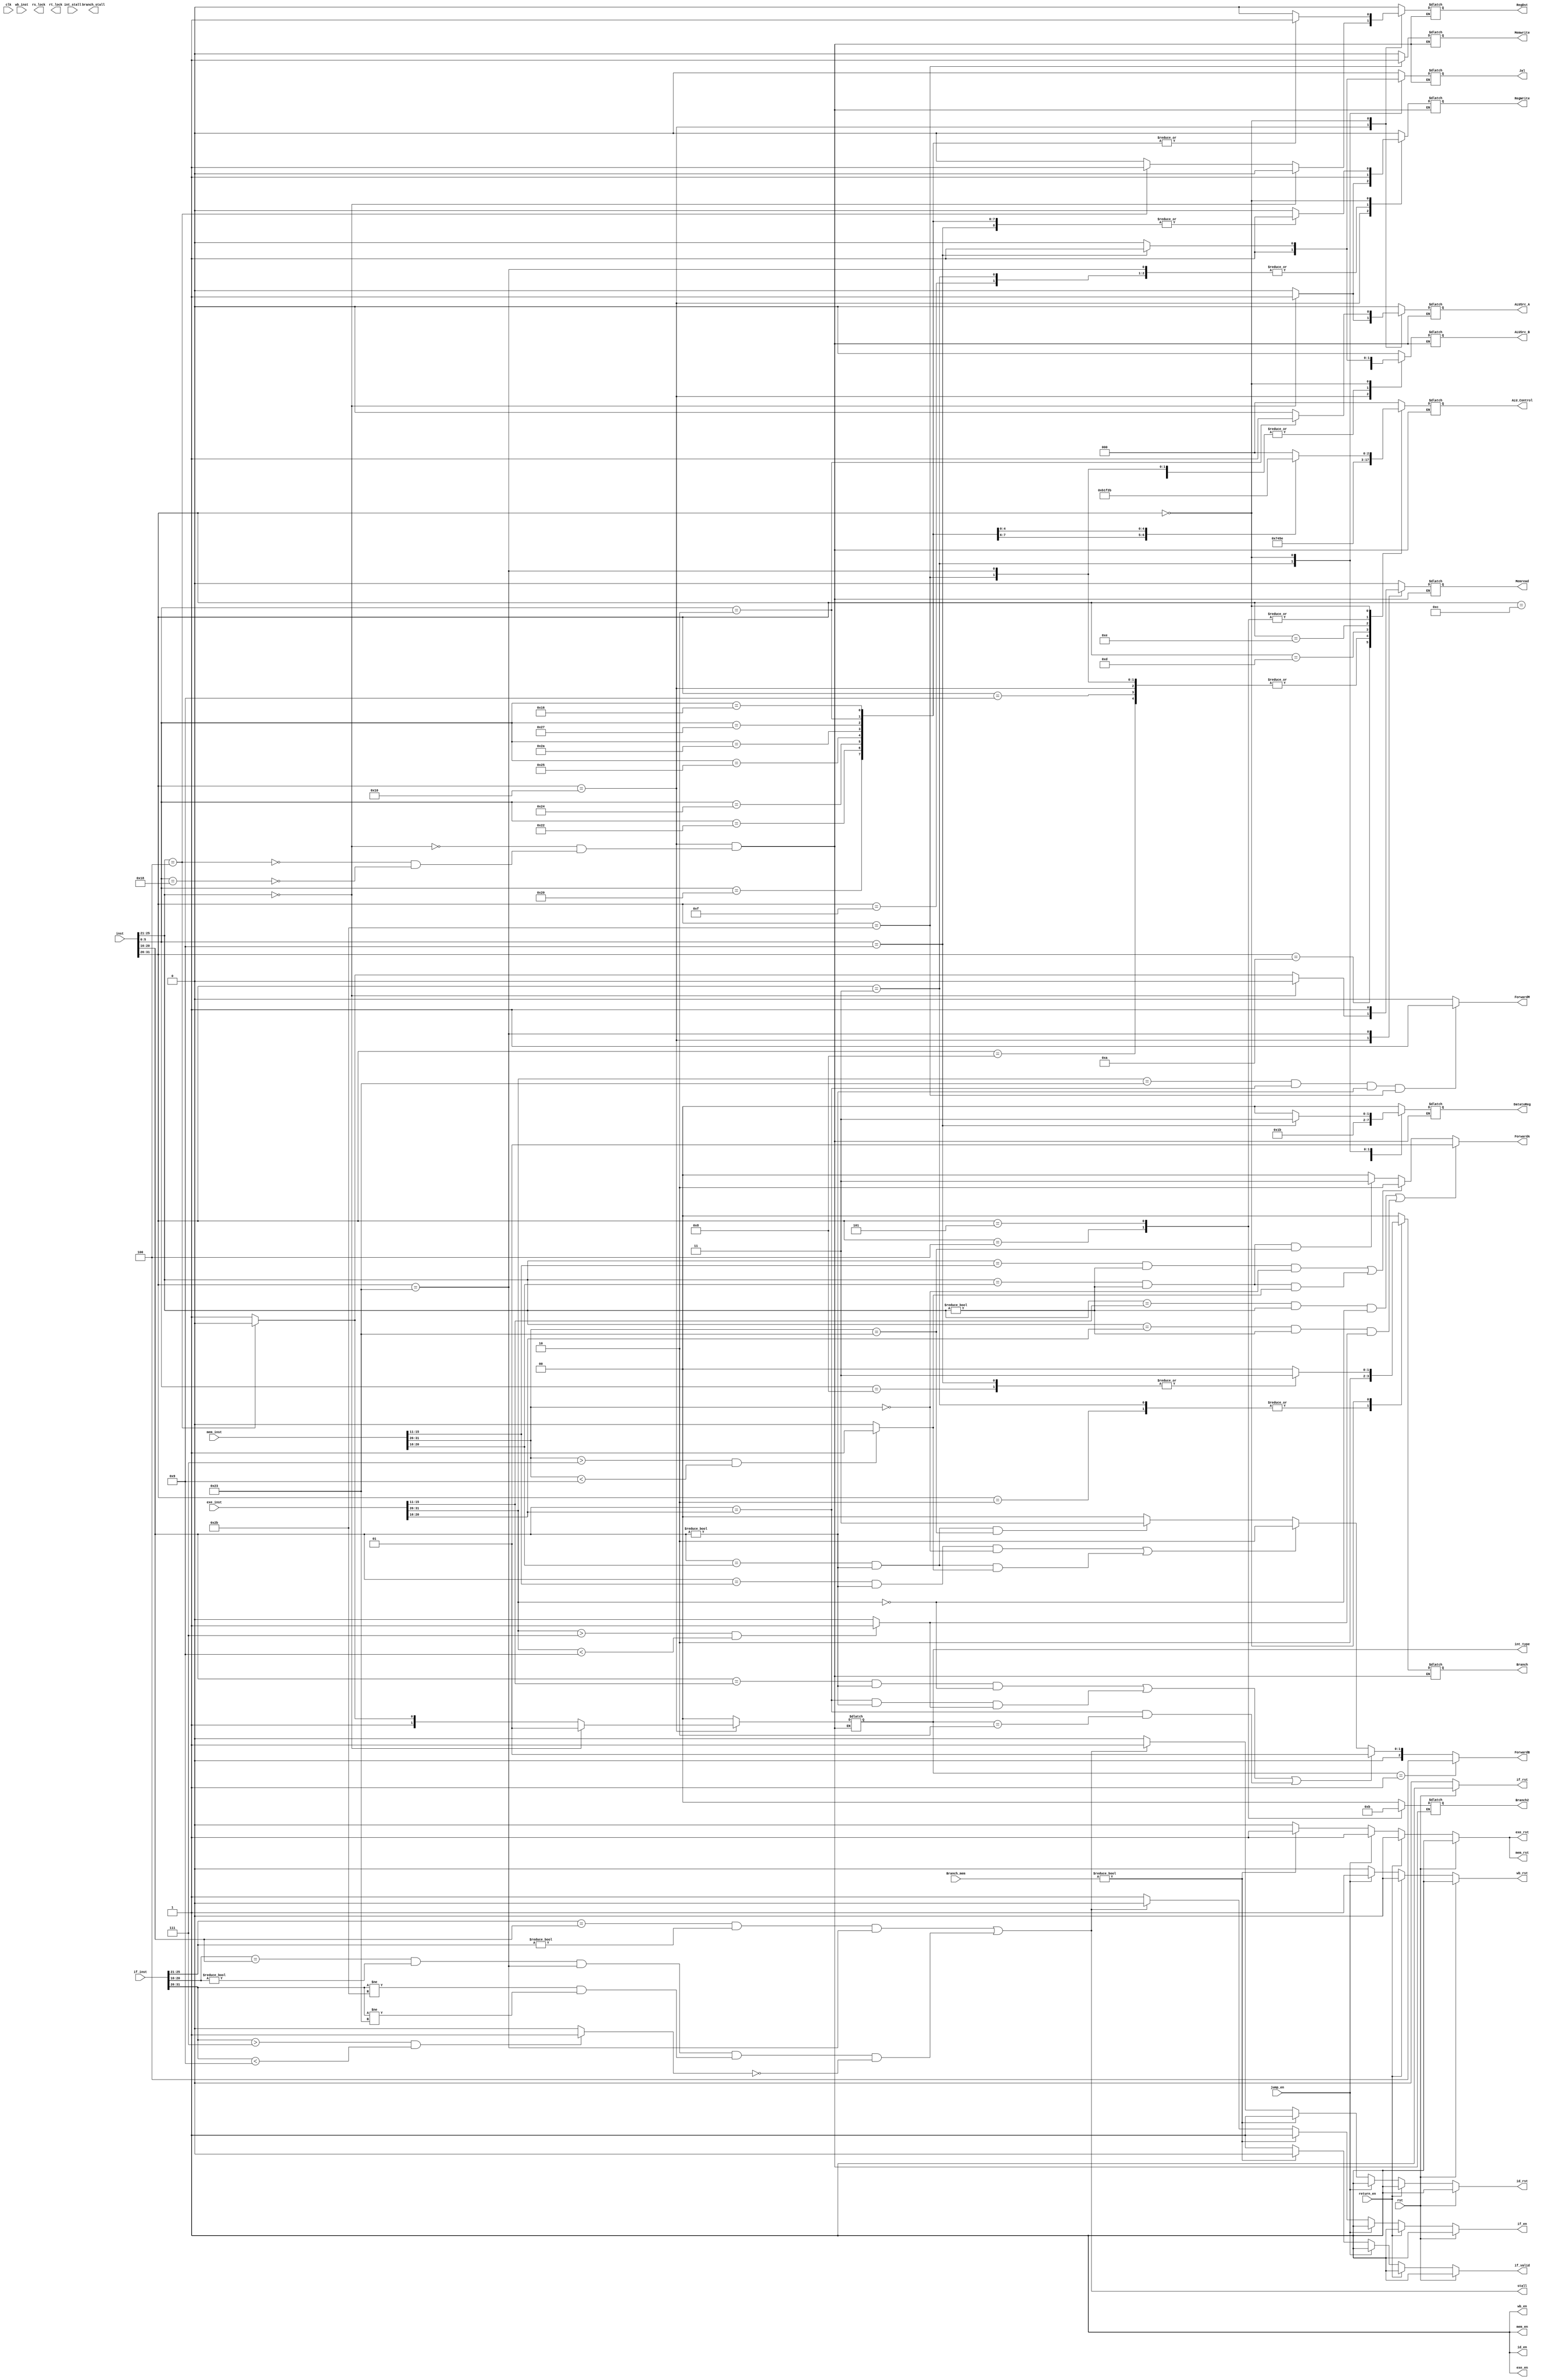
module SCPU_control(
	input wire clk,  // main clock
	input wire rst,  // synchronous reset
	// debug
	`ifdef DEBUG
	input wire debug_en,  // debug enable
	input wire debug_step,  // debug step clock
	`endif
	
	input [31:0] inst,
	input [31:0] if_inst,
	input [31:0] exe_inst,
	input [31:0] mem_inst,
	input [31:0] wb_inst,
	input [1:0] Branch_mem,
	//input zero,
	output reg ALUSrc_B,
	output reg ALUSrc_A,
	output reg Jal,
	output reg RegDst,
	output reg RegWrite,
	output reg[1:0] DatatoReg,
	output reg Memread,
	output reg Memwrite,
	output reg[1:0] Branch,
	output reg[1:0] Branch2,
	output reg[2:0] ALU_Control,
	output reg rs_lock,
	output reg rt_lock,
	
	output reg if_rst,  // stage reset signal
	output reg if_en,  // stage enable signal
	output reg if_valid,

	output reg id_rst,
	output reg id_en,

	output reg exe_rst,
	output reg exe_en,

	output reg mem_rst,
	output reg mem_en,

	output reg wb_rst,
	output reg wb_en,

	output wire stall,
	output wire branch_stall,
	output wire [1:0] ForwardA,
	output wire [2:0] ForwardB,
	output wire ForwardM,

	output reg [1:0] int_type,//out 2
   	//input reg ir_en,//out 1
    input wire return_en,
    input wire [2:0] int_stall,
	 input wire jump_en
	
    );
	
	`define CPU_ctrl_signals {RegDst, ALUSrc_B, DatatoReg, RegWrite, Memread, Memwrite, Branch, Jal, ALU_Control,ALUSrc_A,Branch2,int_type}
	wire i_type_exe,i_type_mem;
	wire [4:0] exe_rs;
	wire [4:0] exe_rt;
	wire [4:0] exe_rd;
	wire [4:0] mem_rt;
	wire [4:0] mem_rd;
	wire [4:0] wb_rd;
	wire [4:0] wb_rt;
	wire [5:0] OPcode;
	wire [5:0] if_OPcode;
	wire [5:0] exe_OPcode;
	wire [5:0] mem_OPcode;
	wire [5:0] wb_OPcode;

	wire [5:0] Fun;
	wire [4:0] rs;
	wire [4:0] rt;
	wire [4:0] rd;
	wire [4:0] if_rs;
	wire [4:0] if_rt;
	wire [4:0] if_rd;

	wire [1:0] Forwardb;
	//reg [2:0] int_stall;
	initial begin
		//int_stall = 0;
	end

	//assign mem_w = MemWrite && (~MemRead);
	assign OPcode = inst[31:26];
	assign Fun = inst[5:0];
	assign rs[4:0] = inst[25:21];
	assign rt[4:0] = inst[20:16];
	assign rd[4:0] = inst[15:11];


	assign if_OPcode[5:0] =if_inst[31:26];
	assign if_rs[4:0] = if_inst[25:21];
	assign if_rt[4:0] = if_inst[20:16];
	assign if_rd[4:0] = if_inst[15:11];
	//assign if_func[5:0] = if_inst[5:0];
	assign i_type_if = (if_OPcode > 6'h07 && if_OPcode <6'h9)?1:0;	

	assign exe_OPcode[5:0] = exe_inst[31:26];
	assign exe_rs[4:0] = exe_inst[25:21];
	assign exe_rt[4:0] = exe_inst[20:16];
	assign exe_rd[4:0] = exe_inst[15:11];
	assign i_type_exe = (exe_OPcode > 6'h07 && exe_OPcode <6'h9)?1:0;

	assign mem_OPcode[5:0] = mem_inst[31:26];
	assign mem_rt[4:0] = mem_inst[20:16];
	assign mem_rd[4:0] = mem_inst[15:11];
	assign i_type_mem = (mem_OPcode > 6'h07 && mem_OPcode <6'h9)?1:0;

	assign wb_rd[4:0] = wb_inst[15:11];
	assign wb_rt[4:0] = wb_inst[20:16];
	assign wb_OPcode[5:0] = wb_inst[31:26];

	assign id_branch = ((OPcode > 6'h00) &  (OPcode < 6'h08)) || ((OPcode == 6'h0) & (Fun == 6'h08)) || ((OPcode == 6'h0) & (Fun == 6'h09));
	assign exe_branch = ((exe_OPcode > 6'h00) &  (exe_OPcode < 6'h08)) || ((exe_OPcode == 6'h0) & (exe_inst[5:0] == 6'h08)) || ((exe_OPcode == 6'h0) & (exe_inst[5:0] == 6'h09));
	//assign exe_branch = (exe_OPcode == 6'b000100) || (exe_OPcode == 6'b000010) || (exe_OPcode == 6'h03) || (exe_OPcode == 6'h05) || (exe_OPcode == 6'h8) || (exe_OPcode == 6'h9);
	// assign mem_branch = (mem_OPcode == 6'b000100) || (mem_OPcode == 6'b000010) || (mem_OPcode == 6'h03) || (mem_OPcode == 6'h05) || (mem_OPcode == 6'h8) || (mem_OPcode == 6'h9);
	//assign branch_stall = id_branch ||exe_branch ;//|| mem_branch;

	always @ (OPcode or Fun) begin
		case(OPcode)
			// 6'h10:begin case({inst[25:21],Fun})
			// 	11'b00000xxxxxx: begin  `CPU_ctrl_signals <= 18'b1_0_00_1_0_0_00_0_010_0_00_01; end  //mfc
			// 	11'b00100xxxxxx: begin  `CPU_ctrl_signals <= 18'b1_0_00_0_0_0_00_0_010_0_00_10; end  //mtc
			// 	11'b1xxxx011000: begin  `CPU_ctrl_signals <= 18'b0_1_00_0_1_0_00_0_010_0_00_11; end   //eret
			// endcase end
			6'h10: begin
				if(inst[25:21]==5'b00000)
					`CPU_ctrl_signals <= 18'b0_0_00_1_0_0_00_0_010_1_00_01;
				else if(inst[25:21]==5'b00100)
					`CPU_ctrl_signals <= 18'b1_0_00_0_0_0_00_0_010_0_00_10;
				else if(Fun==6'b011000)
					`CPU_ctrl_signals <= 18'b0_1_00_0_1_0_00_0_010_0_00_11;
			end
			6'b100011: begin `CPU_ctrl_signals <= 18'b0_1_01_1_1_0_00_0_010_0_00_00; end // load
			6'b101011: begin `CPU_ctrl_signals <= 18'bx_1_xx_0_0_1_00_0_010_0_00_00; end // store
			6'b000100: begin `CPU_ctrl_signals <= 18'bx_0_xx_0_0_0_00_0_110_0_10_00; end // beq   //not sure for lock
			6'b000010: begin `CPU_ctrl_signals <= 18'bx_x_xx_0_0_0_10_0_xxx_0_00_00; end // jump    //not sure
			6'h0A: begin `CPU_ctrl_signals <= 18'b0_1_00_1_0_0_00_0_111_0_00_00; end // slti
			6'h08: begin `CPU_ctrl_signals <= 18'b0_1_00_1_0_0_00_0_010_0_00_00; end // addi
			6'h09: begin `CPU_ctrl_signals <= 18'b0_1_00_1_0_0_00_0_010_0_00_00; end // addi
			6'h0C: begin `CPU_ctrl_signals <= 18'b0_1_00_1_0_0_00_0_000_0_00_00; end // andi
			6'h0D: begin `CPU_ctrl_signals <= 18'b0_1_00_1_0_0_00_0_001_0_00_00; end // ori
			6'h0E: begin `CPU_ctrl_signals <= 18'b0_1_00_1_0_0_00_0_011_0_00_00; end // xori
			6'h0F: begin `CPU_ctrl_signals <= 18'b0_x_10_1_0_0_00_0_xxx_0_00_00; end // lui
			6'h03: begin `CPU_ctrl_signals <= 18'b0_x_11_1_0_0_10_1_xxx_0_00_00; end // Jal
			6'h05: begin `CPU_ctrl_signals <= 18'bx_0_xx_0_0_0_0_0_0_110_0_11_00; end // bne
			6'b000000: begin case(Fun)
				6'b100000: begin `CPU_ctrl_signals <= 18'b1_0_00_1_0_0_00_0_010_0_00_00; end // add
				6'b100010: begin `CPU_ctrl_signals <= 18'b1_0_00_1_0_0_00_0_110_0_00_00; end // sub
				6'b100100: begin `CPU_ctrl_signals <= 18'b1_0_00_1_0_0_00_0_000_0_00_00; end // and
				6'b100101: begin `CPU_ctrl_signals <= 18'b1_0_00_1_0_0_00_0_001_0_00_00; end // or
				6'b101010: begin `CPU_ctrl_signals <= 18'b1_0_00_1_0_0_00_0_111_0_00_00; end // slt
				6'b100111: begin `CPU_ctrl_signals <= 18'b1_0_00_1_0_0_00_0_100_0_00_00; end // nor
				6'b000010: begin `CPU_ctrl_signals <= 18'b1_0_00_1_0_0_00_0_101_1_00_00; end // srl
				6'b010110: begin `CPU_ctrl_signals <= 18'b1_0_00_1_0_0_00_0_011_0_00_00; end // xor
				6'h08: begin `CPU_ctrl_signals <= 18'bx_x_xx_0_0_0_11_0_xxx_0_00_00; end // jr
				6'h9: begin `CPU_ctrl_signals <= 18'b0_1_11_1_0_0_11_1_xxx_0_00_00; end // Jalr
				default: begin `CPU_ctrl_signals <= 18'b0; end
			endcase end

			default: begin `CPU_ctrl_signals <= 16'b0; end
		endcase
	end
	

	//stall detect
	assign AfromEx = ((rs==exe_rd) & (rs != 0) & (exe_OPcode == 6'b000000)) || ((rs==exe_rt) & (rs != 0) & (i_type_exe==1));
	assign BfromEx = ((rt==exe_rd) & (rt != 0) & (exe_OPcode == 6'b000000)) || ((rt==exe_rt) & (rt != 0) & (i_type_exe==1)) || ((rt==exe_rt) & (int_type==2'b10));
	assign AfromMem = ((rs==mem_rd) & (rs!= 0) & (mem_OPcode == 6'b000000)) ||  ((rs==mem_rt) & (rs != 0) & (i_type_mem==1));
	assign BfromMem = ((rt==mem_rd) & (rt!= 0) & (mem_OPcode == 6'b000000)) ||  ((rt==mem_rt) & (rt != 0) & (i_type_mem==1));
	
	assign AfromDM = ((rs==mem_rt) & (rs!=0) & (mem_OPcode == 6'b100011));
	assign BfromDM = ((rt==mem_rt) & (rt!=0) & (mem_OPcode == 6'b100011));
	
	assign AfromExLW = (if_rs==rt) & (if_rs!=0) & (OPcode == 6'b100011);
	assign BfromExLW = (if_rt==rt) & (if_rt!=0) & (OPcode == 6'b100011) & (if_OPcode != 6'b101011 & if_OPcode != 6'b100011) & (i_type_if!=1);
	
	assign MfromLW = (exe_OPcode == 6'b100011) &(rt == exe_rt) & (rt!=0) & (OPcode == 6'b101011);

	assign ForwardA[1:0] = (AfromEx == 1) ? 2'b01:((AfromMem == 1) ? 2'b10:((AfromDM == 1) ? 2'b11:2'b00));
	assign Forwardb[1:0] = (BfromEx == 1) ? 2'b01:((BfromMem == 1) ? 2'b10:((BfromDM == 1) ? 2'b11:2'b00));
	assign ForwardM = (MfromLW == 1)?1:0;
	//assign ForwardC[1:0] = 1; 

	//assign stall = AfromEx || BfromEx || AfromMem || BfromMem || AfromExLW || BfromExLW || AfromMemLW || BfromMemLW;
	assign stall = AfromExLW || BfromExLW;
	// forward judge

	assign ForwardB=(int_type==2'b01)?3'b100:{0,Forwardb};



	// debug control
	`ifdef DEBUG
	reg debug_step_prev;
	
	always @(posedge clk) begin
		debug_step_prev <= debug_step;
	end
	`endif

	

	always @(*) begin
		if_rst=0;
		if_en=1;
		if_valid=1;
		id_rst=0;
		id_en=1;
		exe_rst=0;
		exe_en=1;
		mem_rst=0;
		mem_en=1;
		wb_rst=0;
		wb_en=1;
		if (rst) begin
			if_rst=1;
			id_rst=1;
			exe_rst=1;
			mem_rst=1;
			wb_rst=1;
		end
		`ifdef DEBUG
		// suspend and step execution
		else if ((debug_en) && ~(~debug_step_prev && debug_step)) begin
			if_en=0;
			id_en=0;
			exe_en=0;
			mem_en=0;
			wb_en=0;
			
		end
		`endif
		
		// else if (int_stall>0 && int_stall<2)begin
		// 	if_en =0;
		// 	id_rst = 1;
		// end
		else if(return_en) begin
			//int_stall =1;
			id_rst = 1; 
		end
		else if (jump_en) begin
			
			id_rst = 1;
			exe_rst = 1;
			mem_rst=1;
			wb_rst =1;
		end
		
		else if(Branch_mem != 2'b00) begin
	   		//if_rst=1;
	   		if_valid = 0;
	   		id_rst=1;
	   		exe_rst=1;
	   		mem_rst=1;
		end
		else if (stall) begin
		     if_en=0;
			 id_rst=1;
			 
	   	end
	   	
	    //else if(exe_branch) begin
	     		//if_rst=1;
	    // 		if_en=1;
	     		//id_en=1;

	     //end
	   	
	    // else if(Branch_mem != 2'b00) begin
	    // 		//if_rst = 1;
	    // 		//if_en = 1;
	    // end


	end


endmodule